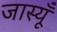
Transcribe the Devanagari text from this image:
जास्यूँ